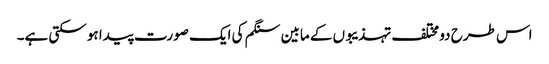
اس طرح دو مختلف تہذیبوں کے مابین سنگم کی ایک صورت پیدا ہو سکتی ہے۔